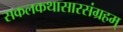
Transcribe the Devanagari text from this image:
सकलकथासारसंग्रहम्